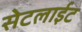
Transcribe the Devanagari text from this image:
सेटलाईट